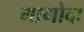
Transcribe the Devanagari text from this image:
गागोदा